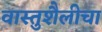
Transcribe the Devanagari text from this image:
वास्तुशैलीचा